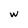
Character: w